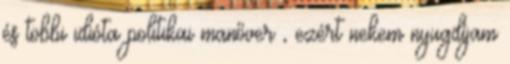
és többi idióta politikai manőver , ezért nekem nyugdíjam